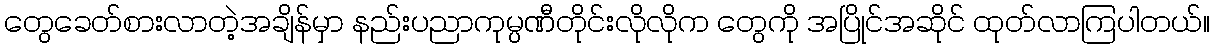
တွေခေတ်စားလာတဲ့အချိန်မှာ နည်းပညာကုမ္ပဏီတိုင်းလိုလိုက တွေကို အပြိုင်အဆိုင် ထုတ်လာကြပါတယ်။